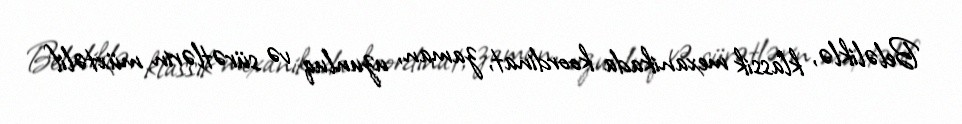
Beləliklə, klassik mexanikada koordinat, zaman, uzunluq və sürətlərin müxtəlif